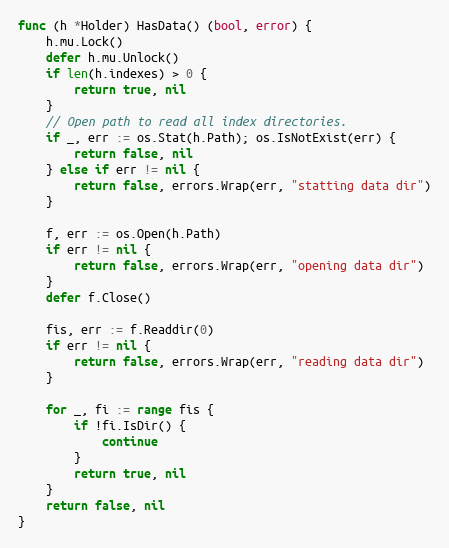
Language: Go
func (h *Holder) HasData() (bool, error) {
	h.mu.Lock()
	defer h.mu.Unlock()
	if len(h.indexes) > 0 {
		return true, nil
	}
	// Open path to read all index directories.
	if _, err := os.Stat(h.Path); os.IsNotExist(err) {
		return false, nil
	} else if err != nil {
		return false, errors.Wrap(err, "statting data dir")
	}

	f, err := os.Open(h.Path)
	if err != nil {
		return false, errors.Wrap(err, "opening data dir")
	}
	defer f.Close()

	fis, err := f.Readdir(0)
	if err != nil {
		return false, errors.Wrap(err, "reading data dir")
	}

	for _, fi := range fis {
		if !fi.IsDir() {
			continue
		}
		return true, nil
	}
	return false, nil
}